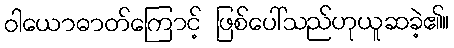
ဝါယောဓာတ်ကြောင့် ဖြစ်ပေါ်သည်ဟုယူဆခဲ့၏။